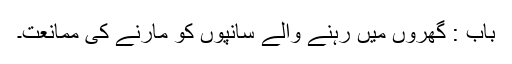
باب : گھروں میں رہنے والے سانپوں کو مارنے کی ممانعت۔